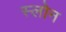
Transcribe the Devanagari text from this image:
स्‍लोन